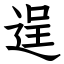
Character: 逞